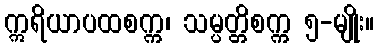
ဣရိယာပထစက္က၊ သမ္ပတ္တိစက္က ၅-မျိုး။